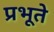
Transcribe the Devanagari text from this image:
प्रभूते